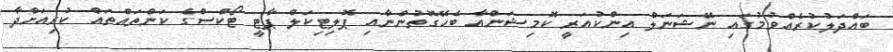
ބައްދަލުކުރެއްވުމުގައި ނޭޝަނަލް އިންކުއަރީ ކޮމިޝަންއާ ބެހޭގޮތުންނާއި ޕޮލިޓިކަލް ޕާޓީ ޓޯކްސްގެ ކަންތައްތައް ކުރިއަށްދާ